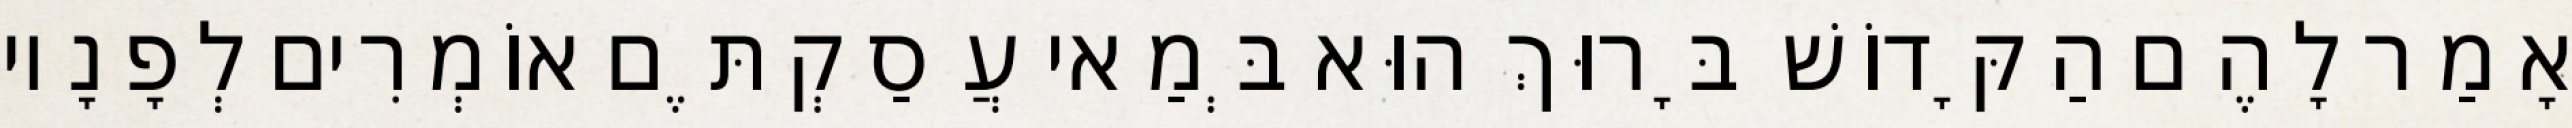
אָמַר לָהֶם הַקָּדוֹשׁ בָּרוּךְ הוּא בְּמַאי עֲסַקְתֶּם אוֹמְרִים לְפָנָיו